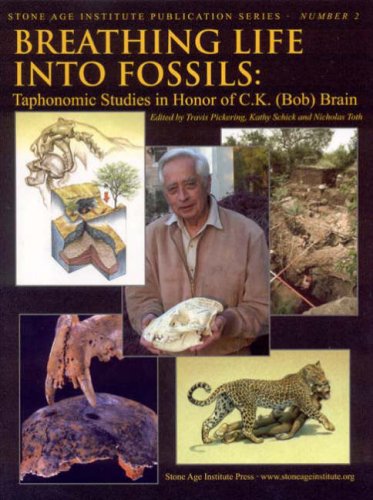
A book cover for Breathing Life into Fossils: Taphonomic Studies in Honor of C.K. (Bob) Brain (The Stone Age Institute Press Pulbication Series); Science & Math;